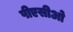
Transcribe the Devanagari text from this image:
पीएसीओ